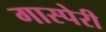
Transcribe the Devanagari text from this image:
गास्पेरी